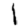
Digit: 1